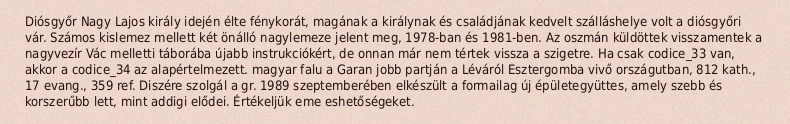
Diósgyőr Nagy Lajos király idején élte fénykorát, magának a királynak és családjának kedvelt szálláshelye volt a diósgyőri vár. Számos kislemez mellett két önálló nagylemeze jelent meg, 1978-ban és 1981-ben. Az oszmán küldöttek visszamentek a nagyvezír Vác melletti táborába újabb instrukciókért, de onnan már nem tértek vissza a szigetre. Ha csak codice_33 van, akkor a codice_34 az alapértelmezett. magyar falu a Garan jobb partján a Léváról Esztergomba vivő országutban, 812 kath., 17 evang., 359 ref. Diszére szolgál a gr. 1989 szeptemberében elkészült a formailag új épületegyüttes, amely szebb és korszerűbb lett, mint addigi elődei. Értékeljük eme eshetőségeket.